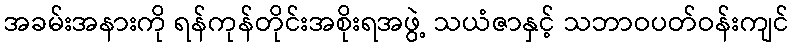
အခမ်းအနားကို ရန်ကုန်တိုင်းအစိုးရအဖွဲ့ သယံဇာနှင့် သဘာဝပတ်ဝန်းကျင်